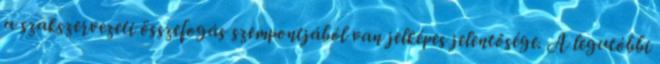
a szakszervezeti összefogás szempontjából van jelképes jelentősége. A legutóbbi